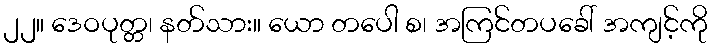
၂၂။ ဒေဝပုတ္တ၊ နတ်သား။ ယော တပေါ စ၊ အကြင်တပခေါ် အကျင့်ကို